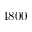
4 8 0 0